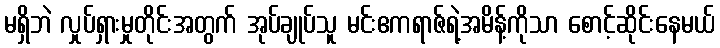
မရှိဘဲ လှုပ်ရှားမှုတိုင်းအတွက် အုပ်ချုပ်သူ မင်းဧကရာဇ်ရဲ့အမိန့်ကိုသာ စောင့်ဆိုင်းနေမယ်